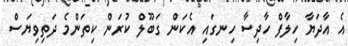
އެ އާދަޔާ ހިލާފް ހާދިސާ ހިނގައި އެކަން ގަބޫލް ކުރަން ކިތަންމެ ދަތިވިޔަސް